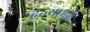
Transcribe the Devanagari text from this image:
हल्यामुळे